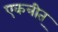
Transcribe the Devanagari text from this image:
एकत्रीत्